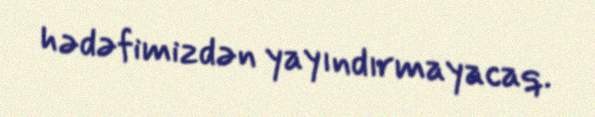
hədəfimizdən yayındırmayacaq.